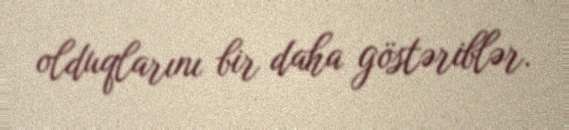
olduqlarını bir daha göstəriblər.